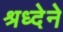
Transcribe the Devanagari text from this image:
श्रध्देने